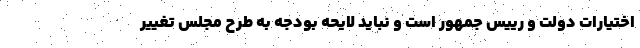
اختیارات دولت و رییس جمهور است و نباید لایحه بودجه به طرح مجلس تغییر